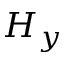
H _ { y }